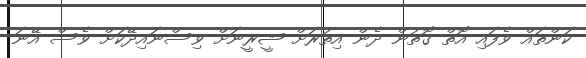
ކަންތައް ވެފައި އޮތް ގޮތުން ދެން އިތުރަށް ޝީރީނަށް ވިސްނައިދޭކަށް ވެސް އޭނަ